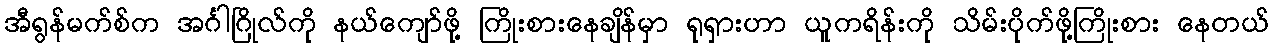
အီရွန်မက်စ်က အင်္ဂါဂြိုလ်ကို နယ်ကျော်ဖို့ ကြိုးစားနေချိန်မှာ ရုရှားဟာ ယူကရိန်းကို သိမ်းပိုက်ဖို့ကြိုးစား နေတယ်